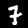
Label: 7